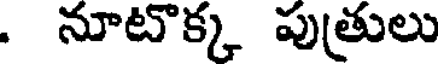
. నూటొక్క పుత్రులు